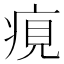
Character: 𤶻